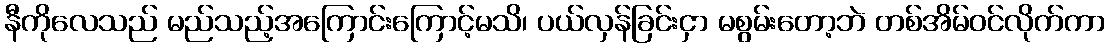
နီကိုလေသည် မည်သည့်အကြောင်းကြောင့်မသိ၊ ပယ်လှန်ခြင်းငှာ မစွမ်းတော့ဘဲ တစ်အိမ်ဝင်လိုက်ကာ